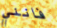
فانني